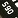
590